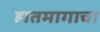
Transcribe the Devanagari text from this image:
हातमागाचा